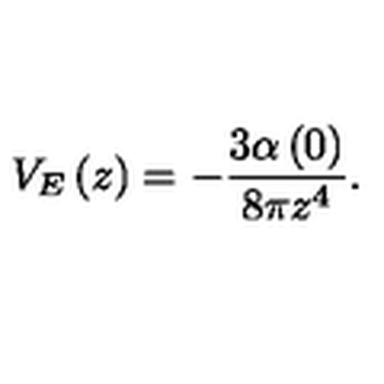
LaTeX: V _ { E } \left( z \right) = - \frac { 3 \alpha \left( 0 \right) } { 8 \pi z ^ { 4 } } .